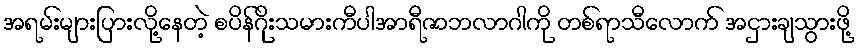
အရမ်းများပြားလို့နေတဲ့ စပိန်ဂိုးသမားကီပါအာရီဇာဘလာဂါကို တစ်ရာသီလောက် အငှားချသွားဖို့